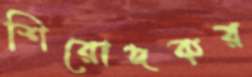
শিরোদকর